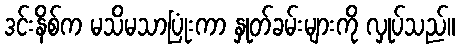
ဒင်းနိစ်က မသိမသာပြုံးကာ နှုတ်ခမ်းများကို လှုပ်သည်။